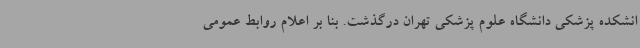
انشکده پزشکی دانشگاه علوم پزشکی تهران درگذشت. بنا بر اعلام روابط عمومی